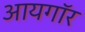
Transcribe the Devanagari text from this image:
आयगॉर